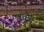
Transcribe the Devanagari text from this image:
बघीत